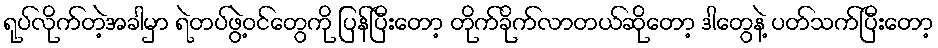
ရုပ်လိုက်တဲ့အခါမှာ ရဲတပ်ဖွဲ့ဝင်တွေကို ပြန်ပြီးတော့ တိုက်ခိုက်လာတယ်ဆိုတော့ ဒါတွေနဲ့ ပတ်သက်ပြီးတော့